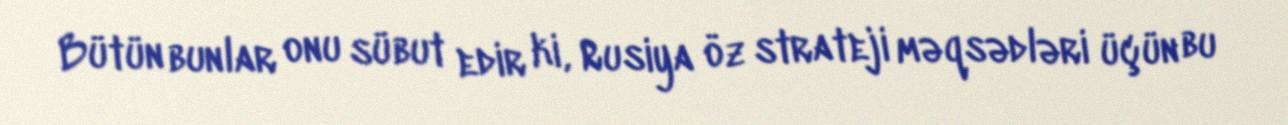
Bütün bunlar onu sübut edir ki, Rusiya öz strateji məqsədləri üçün bu